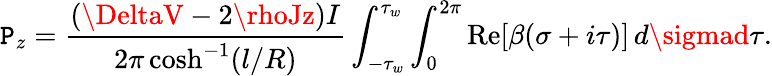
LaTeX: \mathtt{P}_{z}=\frac{{(\DeltaV-2\rhoJz)I}}{{2\pi\cosh^{-1}(l/R)}}\int_{-\tau_{w}}^{\tau_{w}}\int_{0}^{2\pi}\mathrm{{Re}}[\beta(\sigma+i\tau)]\, d\sigmad\tau.